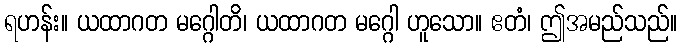
ရဟန်း။ ယထာဂတ မဂ္ဂေါတိ၊ ယထာဂတ မဂ္ဂေါ ဟူသော။ ဧတံ၊ ဤအမည်သည်။